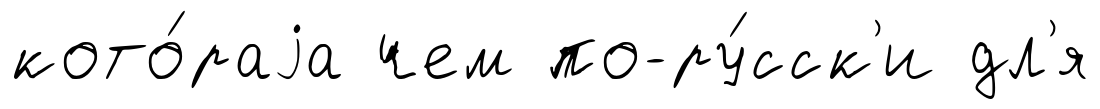
кото́раjа чем по-ру́сск'и дл'я